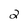
Character: 2